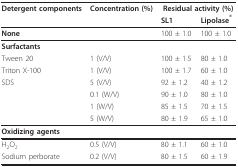
<table><thead><tr><td><b>Detergent components</b></td><td><b>Concentration (%)</b></td><td colspan="2"><b>Residual activity (%)</b></td></tr><tr><td></td><td></td><td><b>SL1</b></td><td><b>Lipolase<sup>®</sup></b></td></tr></thead><tbody><tr><td><b>None</b></td><td></td><td>100 ± 1.0</td><td>100 ± 1.0</td></tr><tr><td><b>Surfactants</b></td><td></td><td></td><td></td></tr><tr><td>Tween 20</td><td>1 (V/V)</td><td>100 ± 1.5</td><td>80 ± 1.0</td></tr><tr><td>Triton X-100</td><td>1 (V/V)</td><td>100 ± 1.7</td><td>60 ± 1.0</td></tr><tr><td>SDS</td><td>5 (V/V)</td><td>92 ± 1.2</td><td>40 ± 1.2</td></tr><tr><td></td><td>0.1 (W/V)</td><td>90 ± 1.0</td><td>80 ± 1.0</td></tr><tr><td></td><td>1 (W/V)</td><td>85 ± 1.5</td><td>70 ± 1.5</td></tr><tr><td></td><td>5 (W/V)</td><td>80 ± 1.9</td><td>65 ± 1.0</td></tr><tr><td><b>Oxidizing agents</b></td><td></td><td></td><td></td></tr><tr><td>H<sub>2</sub>O<sub>2</sub></td><td>0.5 (V/V)</td><td>80 ± 1.1</td><td>60 ± 1.0</td></tr><tr><td>Sodium perborate</td><td>0.2 (V/V)</td><td>80 ± 1.5</td><td>60 ± 1.9</td></tr></tbody></table>